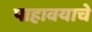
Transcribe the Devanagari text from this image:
पाहावयाचे